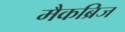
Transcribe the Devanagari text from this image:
मैकब्रिज